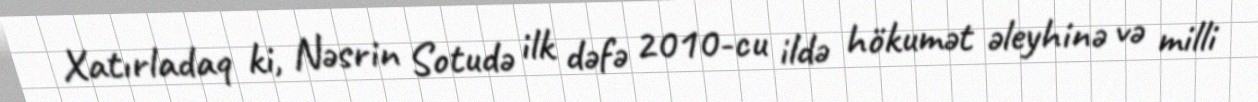
Xatırladaq ki, Nəsrin Sotudə ilk dəfə 2010-cu ildə hökumət əleyhinə və milli